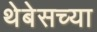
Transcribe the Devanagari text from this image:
थेबेसच्या